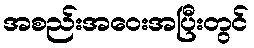
အစည်းအဝေးအပြီးတွင်